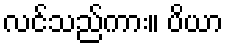
လင်သည်ကား။ ပိယာ